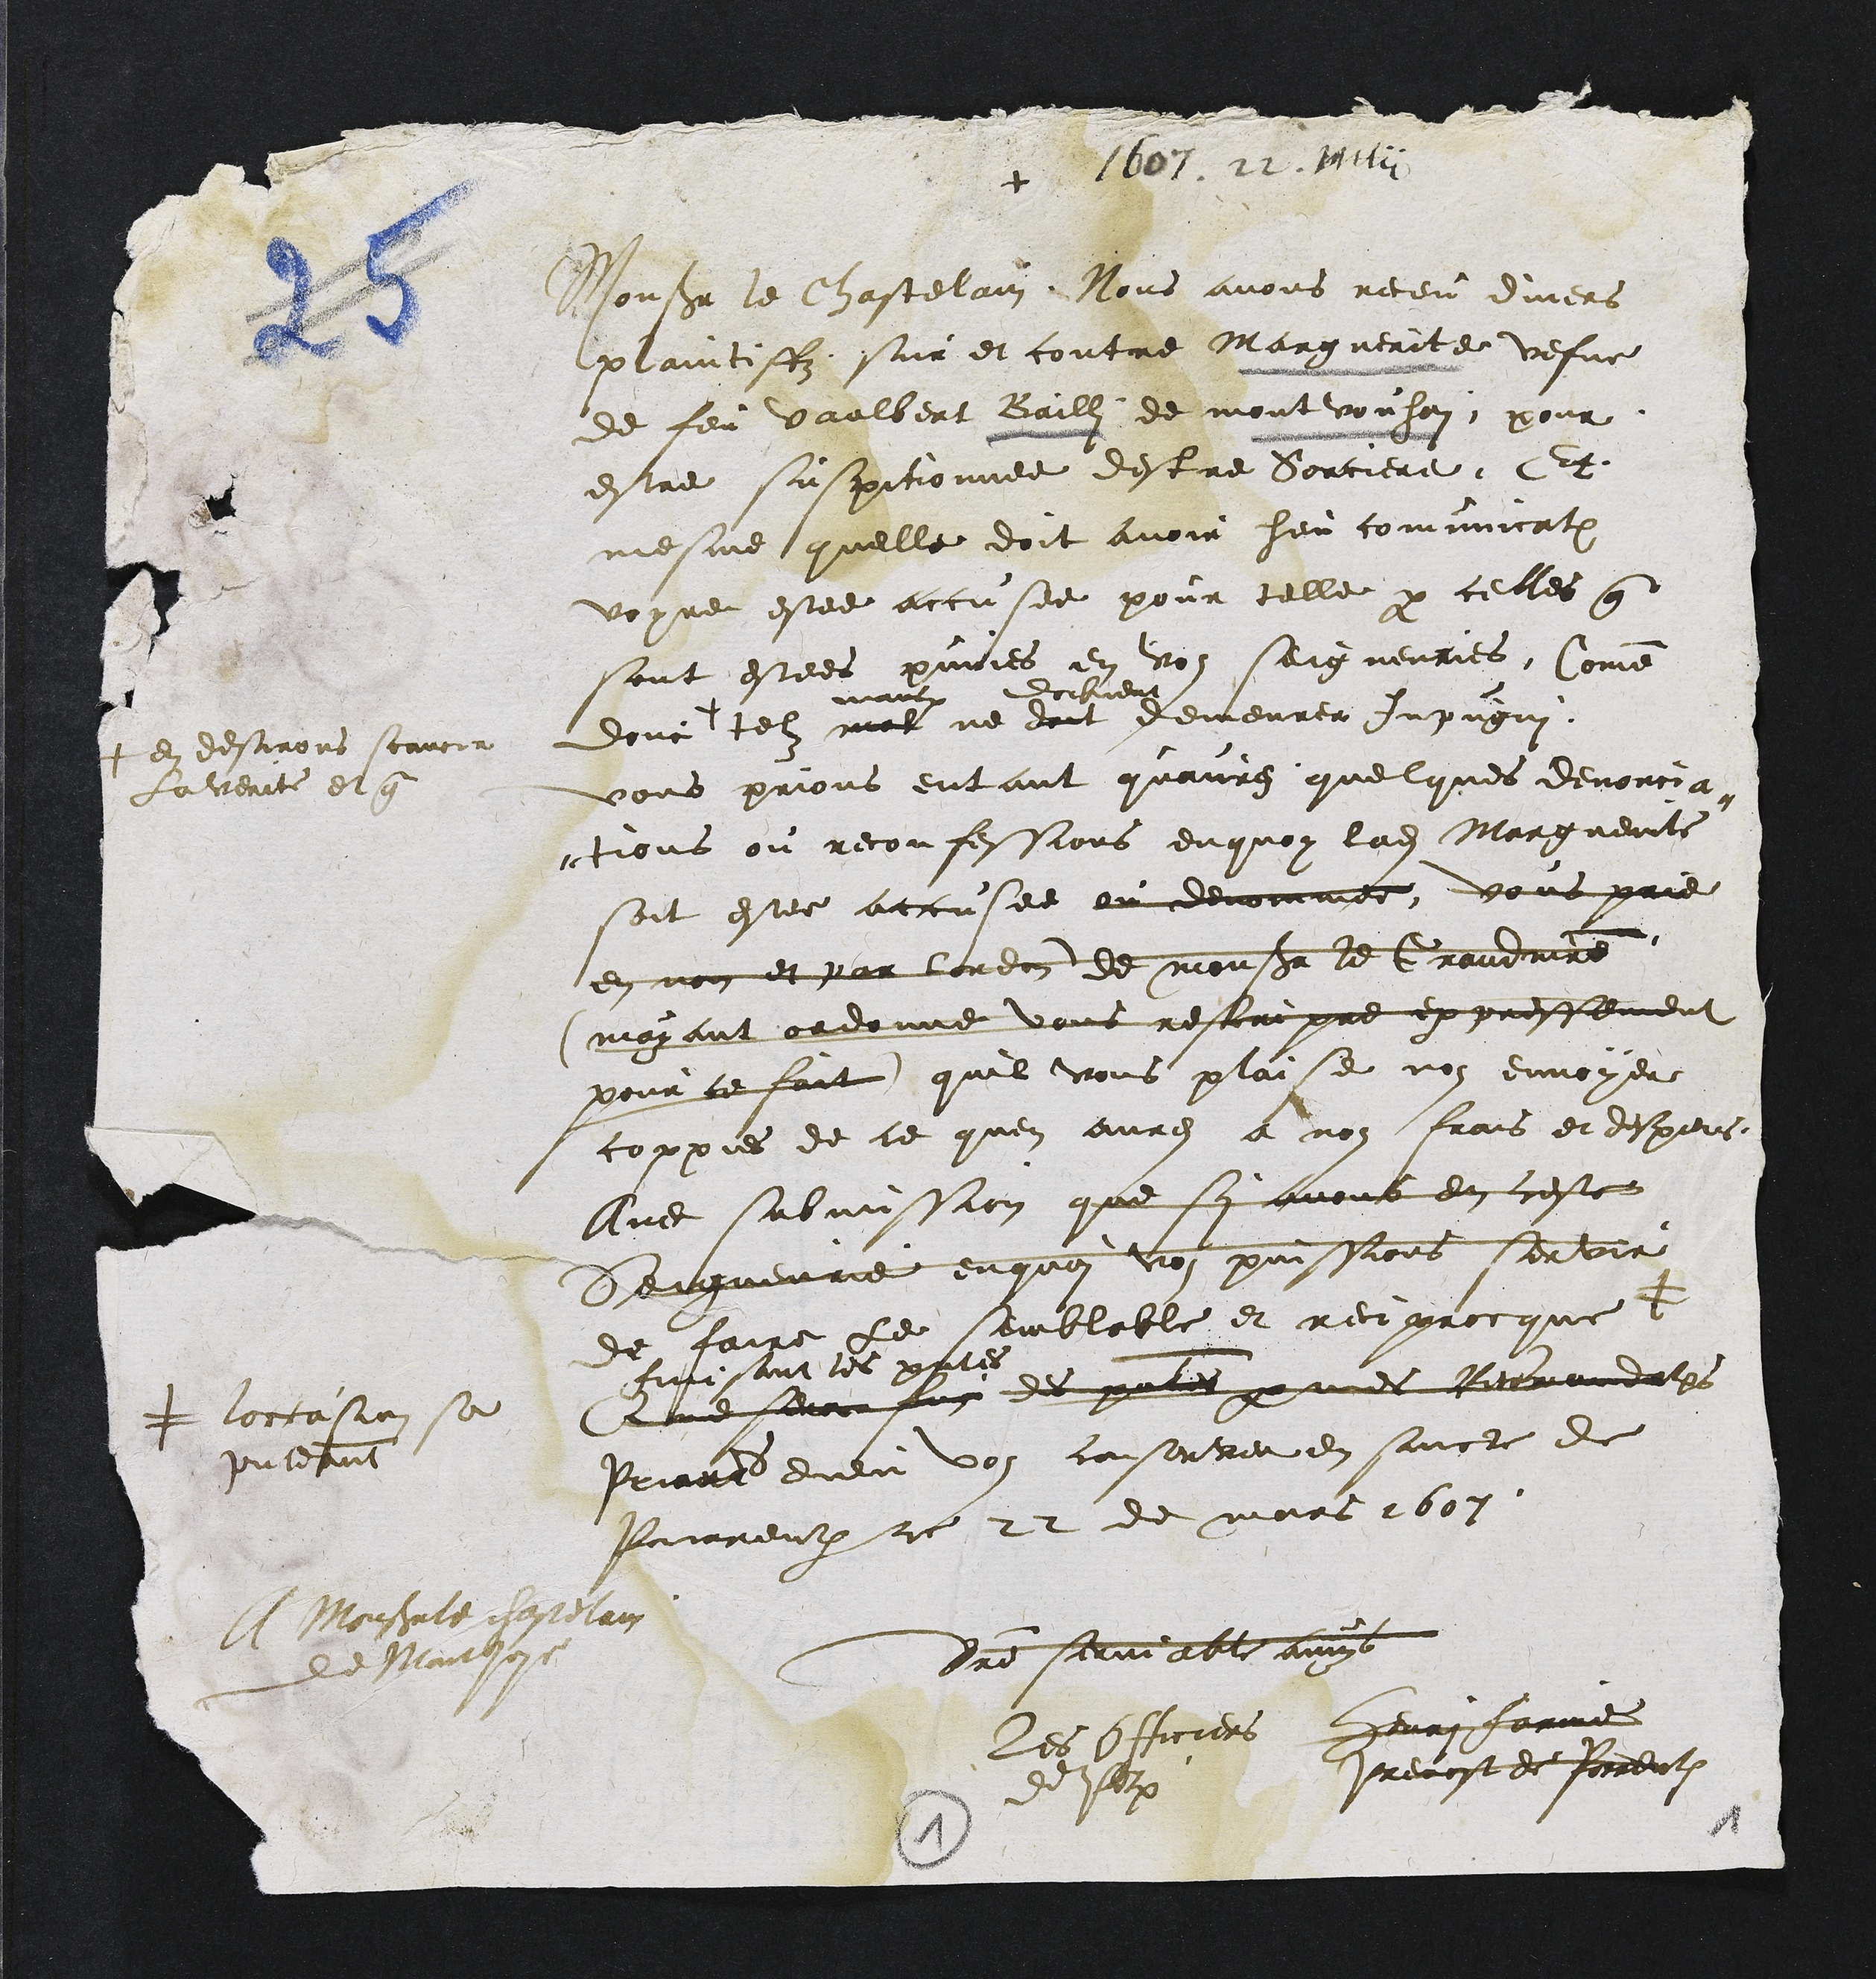
+ 1609. 2 Main
Monsieur le Chastelain Nous avois receu divers
plaintiffe sur et contre Marguerite vefve
de feu vaulbert Baill de montonhon pour
estre suspitionnee destre Sorciere. Et
mesme quelle doit avoir heu comuat
voyre estee accusee pour telle par celles que
sont estees pinies en vos seigneuries Comme
dont
+ en desirons scavoir
Laverie et que
tel mal
a
ne et
dombien
demeurer jupugni
vous prions entant quaure quelques devorcia
tous ou reconfessions enquon ladite Margente
soit estee accusee au demme vous prie
en non et par lordon de mener le Grandre
mayant ordonne vous reson pre ex pressement
pour le fait quil vous plaisse nous envoyer
coppies de ce quen avres a non frais et despens
Avec sus massion que sy avoit en ceste
Seigneurie enquon voit puissions servir
de faire le semblable et reigrocque +
+ toccasion sa
Inteant
fisant les pstes
Que serou des pales pres Remandates
Prira dieu voy cosante en sincte de
Pourreulx ce Et de mars bon.
Monsieure chastelain
de Mauloit
Pre sermatte avoys
Les Officiers
desquels
henri farine
Prevost de Porrentruy